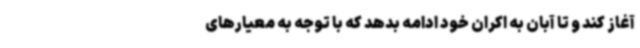
آغاز کند و تا آبان به اکران خود ادامه بدهد که با توجه به معیارهای